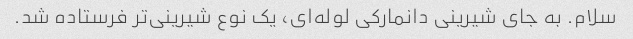
سلام. به جای شیرینی دانمارکی لوله‌ای، یک نوع شیرینی‌تر فرستاده شد.